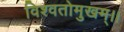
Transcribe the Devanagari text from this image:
विश्वतोमुखम्‌।।